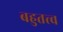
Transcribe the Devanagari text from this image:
बहुतत्त्व